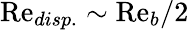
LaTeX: \mathrm{Re}_{disp.}\sim\mathrm{Re}_{b}/2